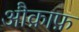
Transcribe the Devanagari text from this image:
औक़ाफ़